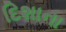
દિશાના